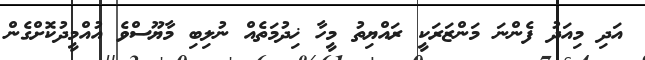
އަދި މިއަދު ފެންނަ މަންޒަރަކީ ރައްޔިތު މީހާ ޚިދުމަތެއް ނުލިބި މާޔޫސްވެ އުއްމީދުކޮށްގެން